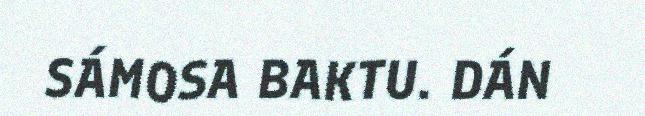
SÁMOSA BAKTU. DÁN